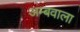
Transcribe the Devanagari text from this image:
अम्बवाला